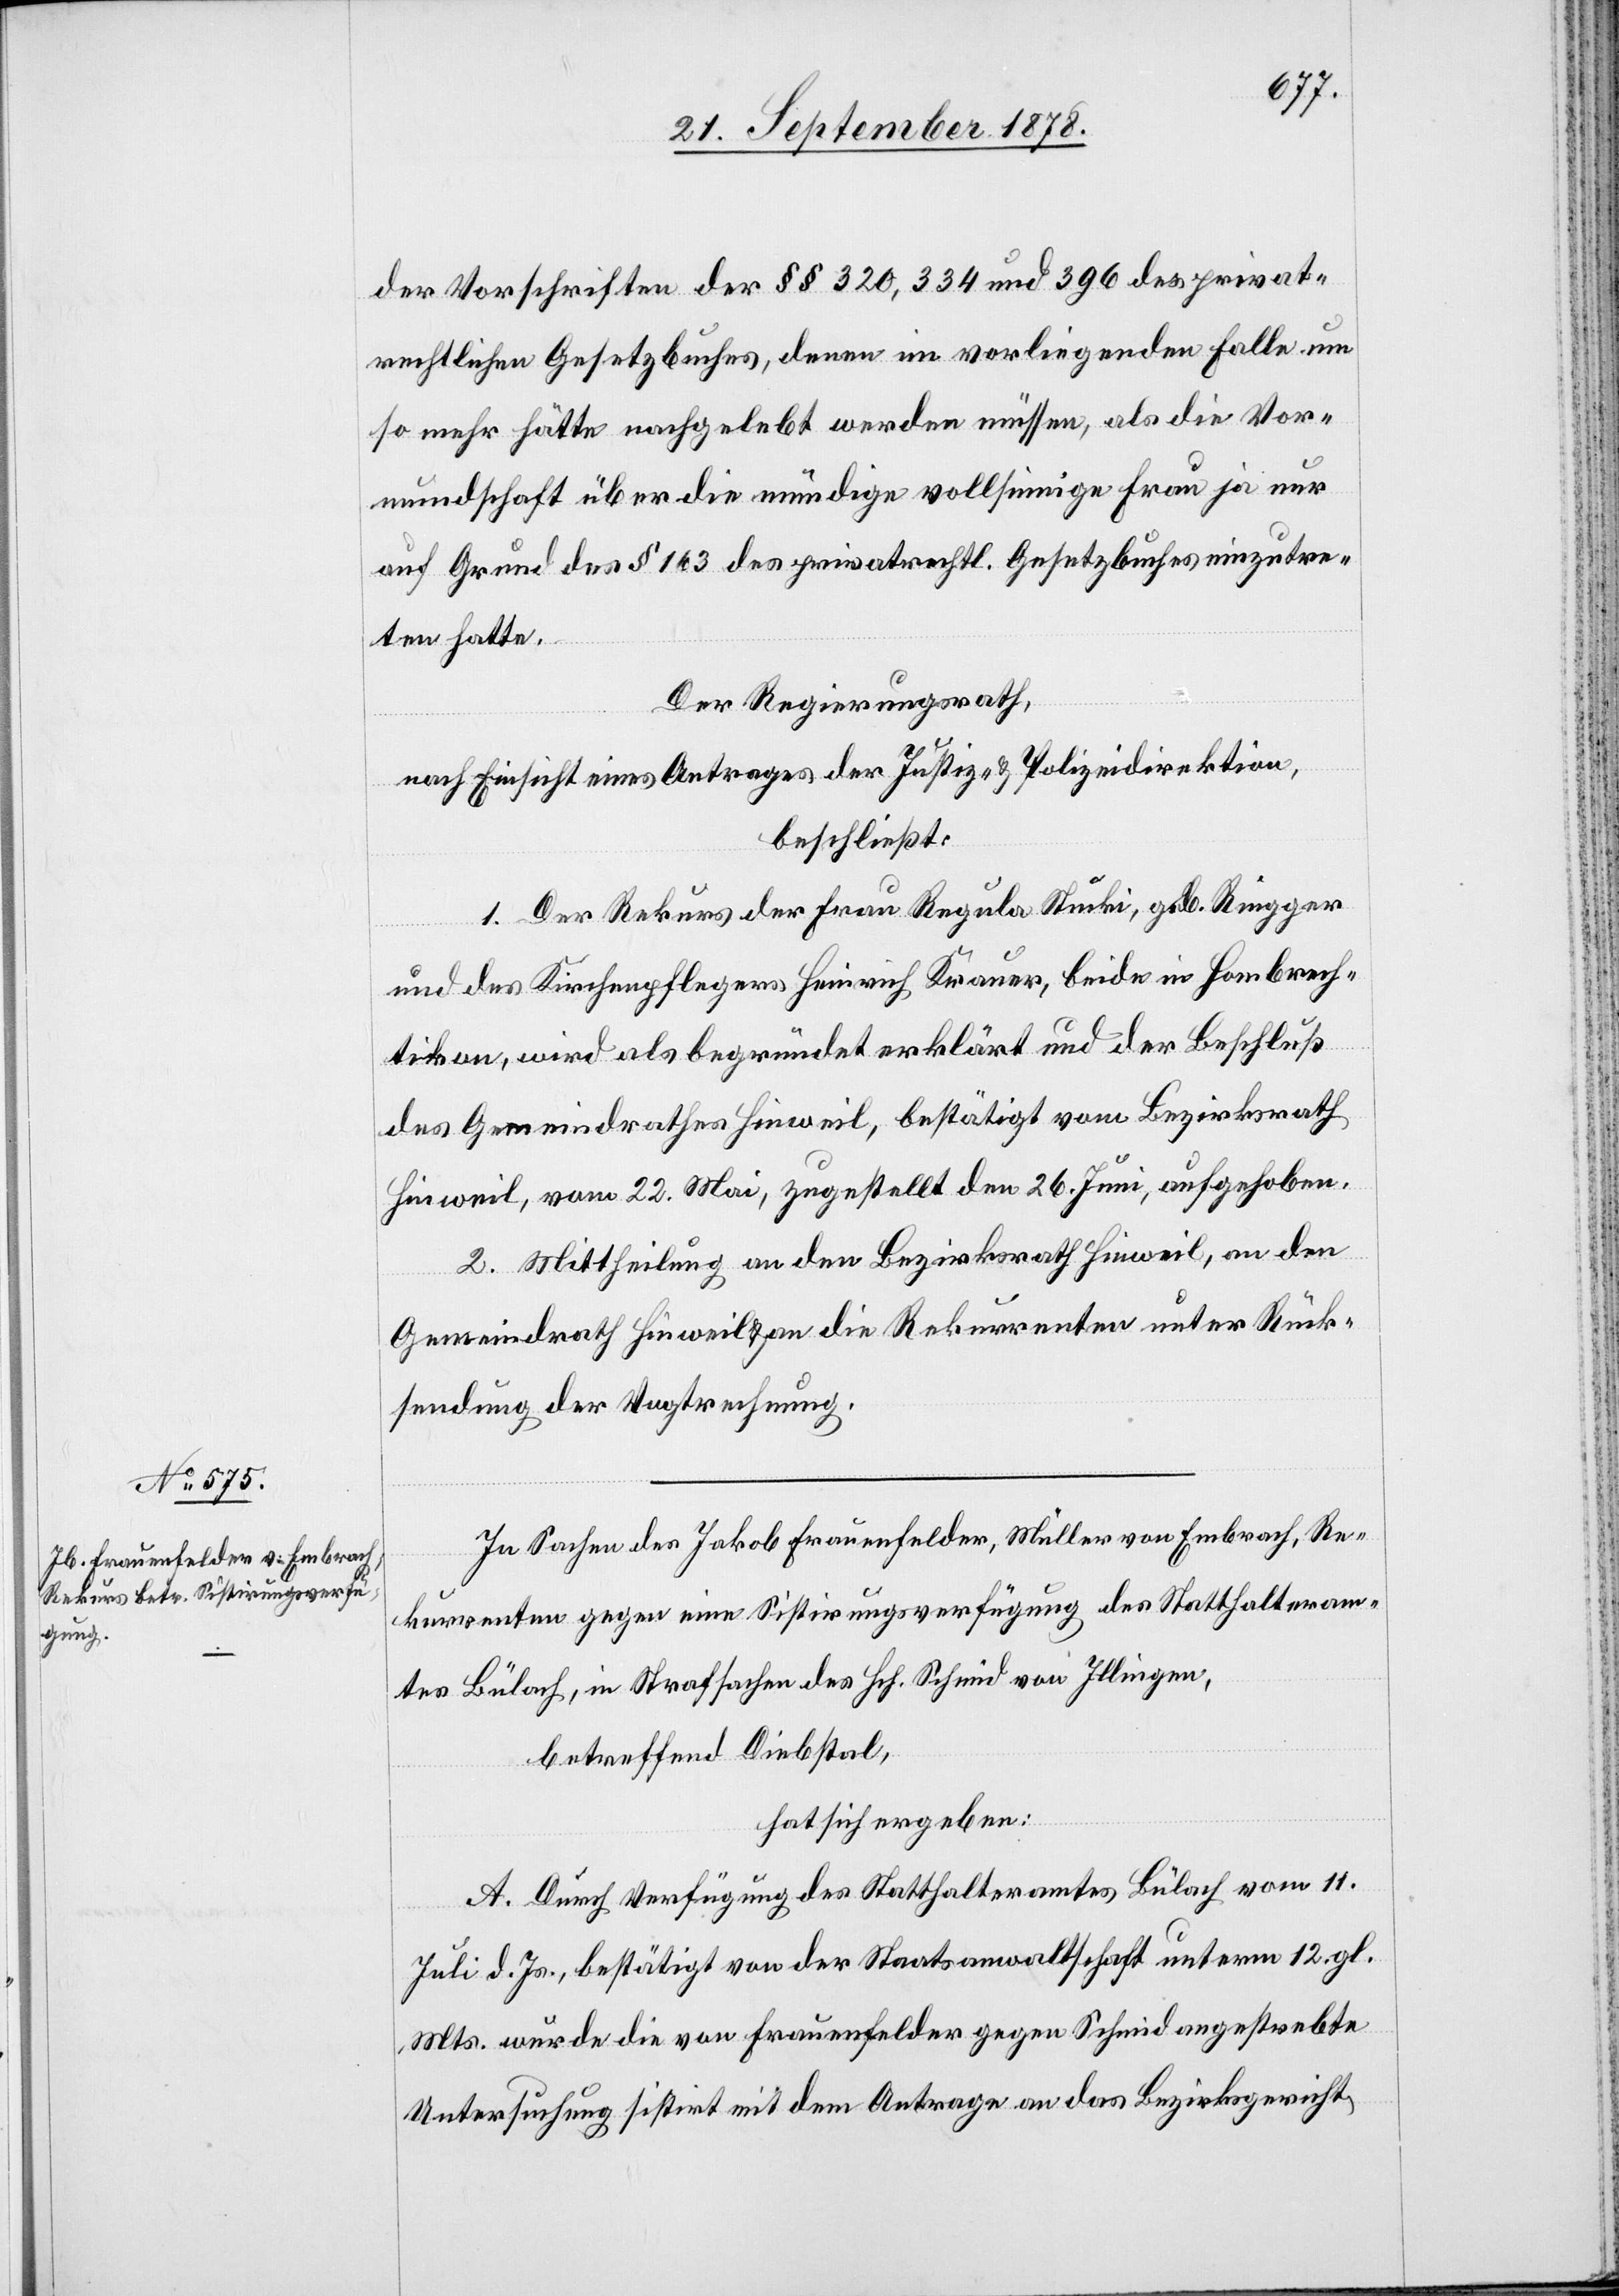
der Vorschriften der §§ 320, 334 und 396 des privat¬
rechtlichen Gesetzbuches, denen im vorliegenden Falle um
so mehr hätte nachgelebt werden müssen, als die Vor¬
mundschaft über die mündige vollsinnige Frau ja nur
auf Grund des § 163 des privatrechtl. Gesetzbuches einzutre¬
ten hatte.
Der Regierungsrath,
nach Einsicht eines Antrages der Justiz- & Polizeidirektion,
beschließt:
1. Der Rekurs der Frau Regula Stucki, geb. Ringger
und des Kirchenpflegers Heinrich Krauer, beide in Hombrech¬
tikon, wird als begründet erklärt und der Beschluß
des Gemeindrathes Hinweil, bestätigt vom Bezirksrath
Hinweil, vom 22. Mai, zugestellt den 26. Juni, aufgehoben.
2. Mittheilung an den Bezirksrath Hinweil, an den
Gemeindrath Hinweil & an die Rekurrenten unter Rück¬
sendung der Vogtrechnung.
In Sachen des Jakob Frauenfelder, Müller von Embrach, Re¬
kurrenten gegen eine Sistirungsverfügung des Statthalteram¬
tes Bülach, in Strafsachen des Hch. Schmid von Illingen,
betreffend Diebstal,
hat sich ergeben:
A. Durch Verfügung des Statthalteramtes Bülach vom 11.
Juli d. Js., bestätigt von der Staatsanwaltschaft unterm 12. gl.
Mts. würde die von Frauenfelder gegen Schmid angestrebte
Untersuchung sistirt mit dem Antrage an das Bezirksgericht